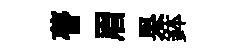
瞢眉杲鉢